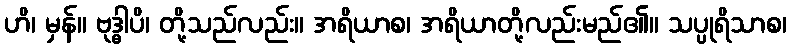
ဟိ၊ မှန်။ ဗုဒ္ဓါပိ၊ တို့သည်လည်း။ အရိယာစ၊ အရိယာတို့လည်းမည်၏။ သပ္ပုရိသာစ၊